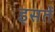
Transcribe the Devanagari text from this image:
इसतें